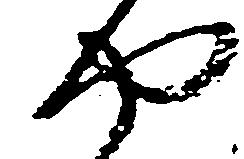
や